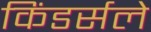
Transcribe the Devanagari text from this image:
किंडर्सले